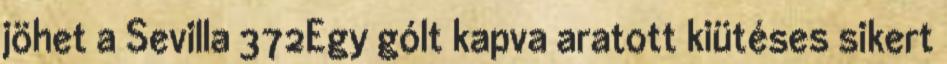
jöhet a Sevilla 372Egy gólt kapva aratott kiütéses sikert